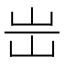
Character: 𡵤